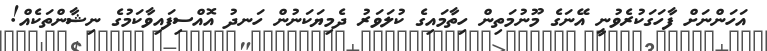
އަހަންނަށް ފާހަގަކުރެވުނީ އޭނަގެ މޫނުމަތިން ހިތާމައިގެ ކުލަވަރު ދެމިޔަކަނުން ހަނދު އޮއްސިފައިވާކަމުގެ ނިޝާންތަކެއް!